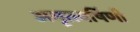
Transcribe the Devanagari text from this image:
अमृतवर्षिणी